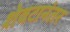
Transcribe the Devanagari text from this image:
शेवटानंतर